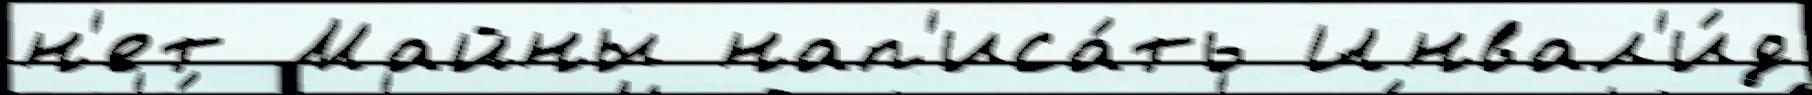
н'ет Майны нап'иса́ть Инвал'и́д